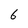
Character: 6